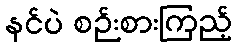
နင်ပဲ စဉ်းစားကြည့်